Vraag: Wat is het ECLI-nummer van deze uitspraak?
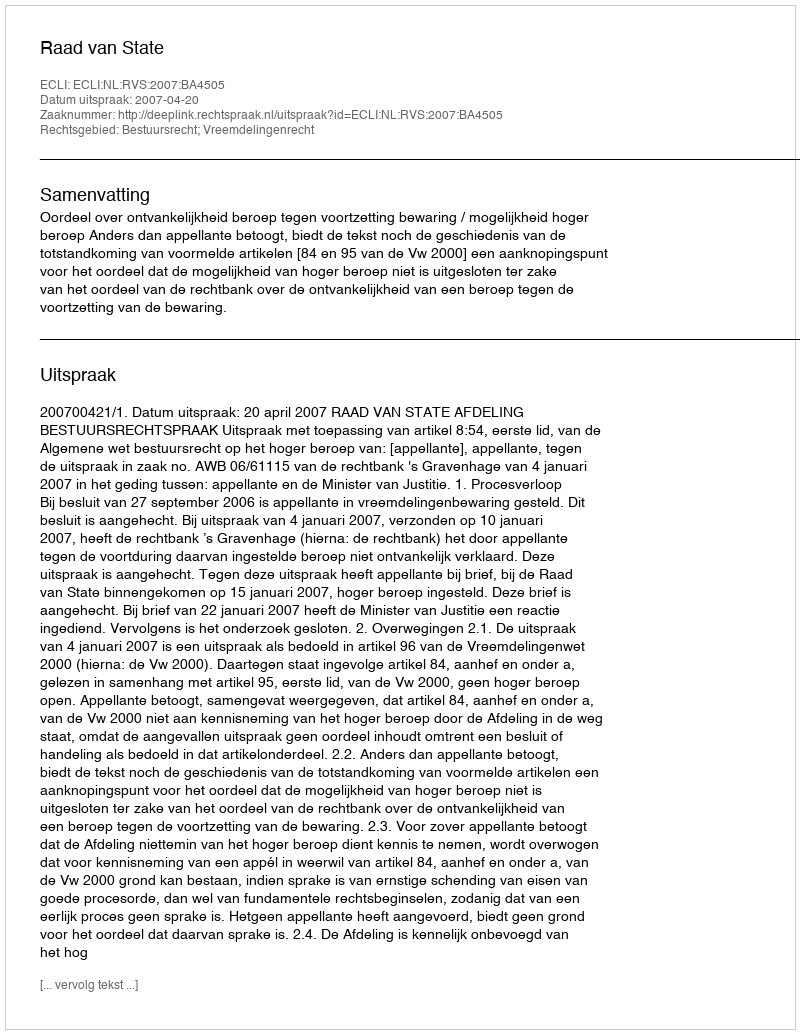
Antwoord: ECLI:NL:RVS:2007:BA4505